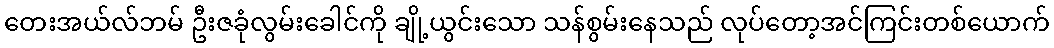
တေးအယ်လ်ဘမ် ဦးဇခုံလွမ်းခေါင်ကို ချို့ယွင်းသော သန်စွမ်းနေသည် လုပ်တော့အင်ကြင်းတစ်ယောက်